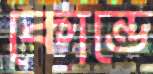
কোন্ডে